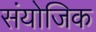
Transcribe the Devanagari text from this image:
संयोजिक